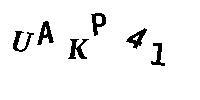
UAKP41